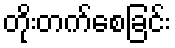
တိုးတက်စေခြင်း